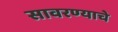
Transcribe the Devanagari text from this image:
सावरण्याचे